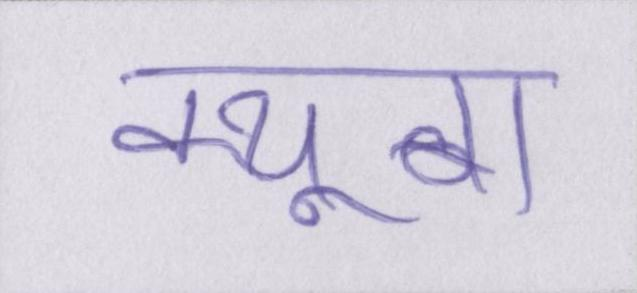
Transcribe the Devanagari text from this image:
क्यूबा